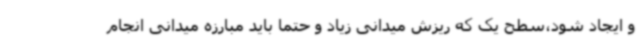
و ایجاد شود،سطح یک که ریزش میدانی زیاد و حتما باید مبارزه میدانی انجام